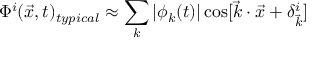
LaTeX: \Phi ^ { i } ( \vec { x } , t ) _ { t y p i c a l } \approx \sum _ { k } | \phi _ { k } ( t ) | \cos [ \vec { k } \cdot \vec { x } + \delta _ { \vec { k } } ^ { i } ]